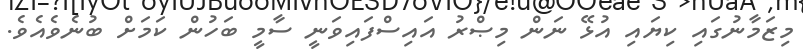
މިޒަމާނުގައި ކިޔައި އުޅޭ ނަން މިޞްރު އައިސްފައިވަނީ ސާމީ ބަހުން ކަމަށް ބުނެވެއެވެ.